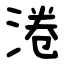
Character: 淃